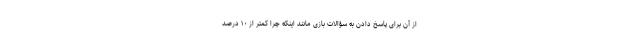
از آن برای پاسخ دادن به سؤالات بازی مانند اینکه چرا کمتر از ۱۰ درصد